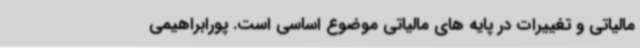
مالیاتی و تغییرات در پایه های مالیاتی موضوع اساسی است. پورابراهیمی